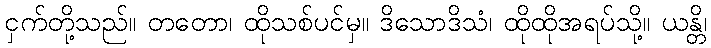
ငှက်တို့သည်။ တတော၊ ထိုသစ်ပင်မှ။ ဒိသောဒိသံ၊ ထိုထိုအရပ်သို့။ ယန္တိ၊